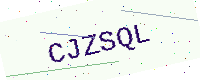
Text: CJZSQL